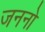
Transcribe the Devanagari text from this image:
जननो